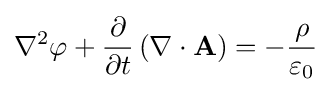
\nabla ^{2}\varphi +{\frac {\partial }{\partial t}}\left(\mathbf {\nabla } \cdot \mathbf {A} \right)=-{\frac {\rho }{\varepsilon _{0}}}